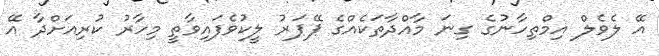
އޭ ލެވެލް އިމްތިހާނުގެ ގިނަ މާއްދާތަކެއްގެ ޕޭޕަރު ލީކުވެފައިވާތީ މިހާރު ކުރިއަށްދާ އޭ